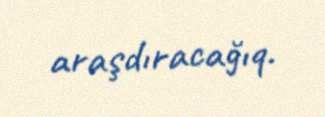
araşdıracağıq.